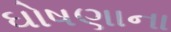
ઘોષણાના